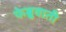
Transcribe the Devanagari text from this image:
फेब्रुवाती